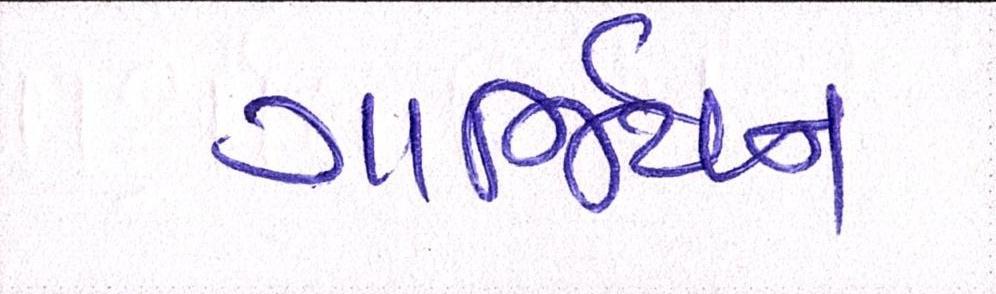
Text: ગાર્જિયન